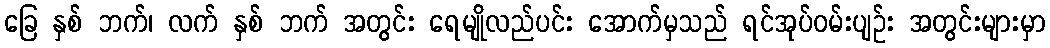
ခြေ နှစ် ဘက်၊ လက် နှစ် ဘက် အတွင်း ရေမျိုလည်ပင်း အောက်မှသည် ရင်အုပ်ဝမ်းပျဉ်း အတွင်းများမှာ